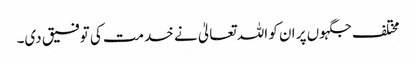
مختلف جگہوں پر ان کو اللہ تعالیٰ نے خدمت کی توفیق دی۔